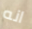
انه